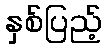
နှစ်ပြည့်